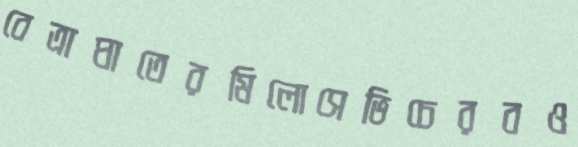
বেত্রাঘাতেরমিলোসেভিচেরবও